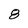
Character: 8